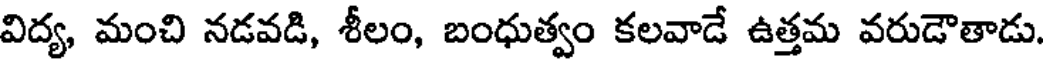
విద్య, మంచి నడవడి, శీలం, బంధుత్వం కలవాడే ఉత్తమ వరుడౌతాడు.